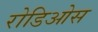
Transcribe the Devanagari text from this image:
रोडिओस